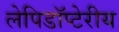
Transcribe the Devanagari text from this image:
लेपिडॉप्टेरीय